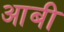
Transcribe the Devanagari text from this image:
आबी